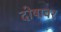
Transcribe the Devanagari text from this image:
दोषावर